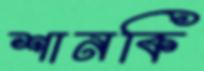
শানকি